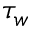
\tau _ { w }